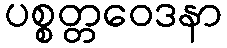
ပစ္စတ္တဝေဒနာ